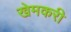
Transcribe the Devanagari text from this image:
खेमकरी